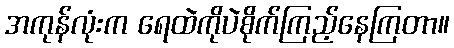
အကုန်လုံးက ရေထဲကိုပဲစိုက်ကြည့်နေကြတာ။